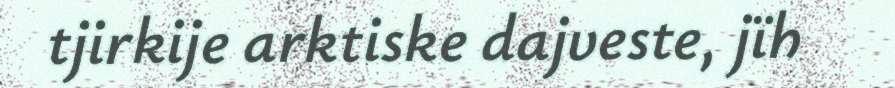
tjirkije arktiske dajveste, jïh